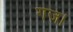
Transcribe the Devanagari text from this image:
गज।